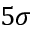
5 \sigma